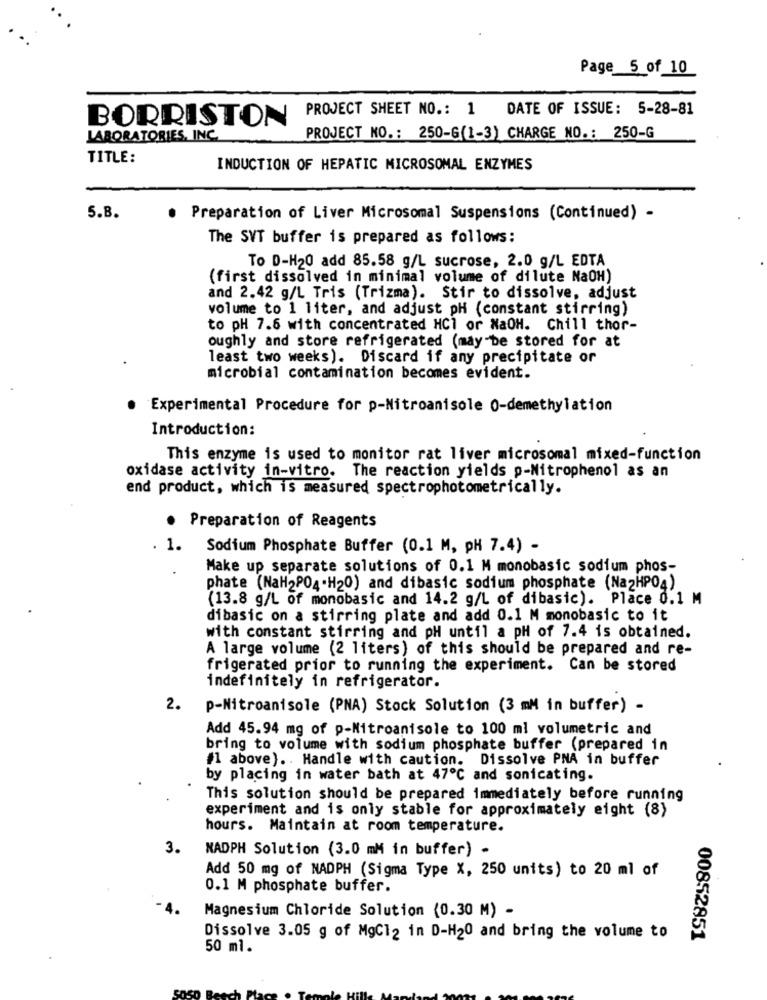
Page_5_of 10
PROJECT SHEET NO .: 1 DATE OF ISSUE: 5-28-81
BORRISTON
LABORATORIES, INC.
PROJECT NO .: 250-6(1-3) CHARGE NO .: 250-G
TITLE:
INDUCTION OF HEPATIC MICROSOMAL ENZYMES
5.B.
. Preparation of Liver Microsomal Suspensions (Continued) -
The SVT buffer is prepared as follows:
To D-H20 add 85.58 g/L sucrose, 2.0 g/L EDTA
(first dissolved in minimal volume of dilute NaOH)
and 2.42 g/L Tris (Trizma). Stir to dissolve, adjust
volume to 1 liter, and adjust pH (constant stirring)
to pH 7.6 with concentrated HCl or NaOH. Chill thor-
oughly and store refrigerated (may be stored for at
least two weeks). Discard if any precipitate or
microbial contamination becomes evident.
Experimental Procedure for p-Nitroanisole 0-demethylation
Introduction:
This enzyme is used to monitor rat liver microsomal mixed-function
oxidase activity in-vitro. The reaction yields p-Nitrophenol as an
end product, which is measured spectrophotometrically.
· Preparation of Reagents
. 1.
Sodium Phosphate Buffer (0.1 M, PH 7.4) -
.
Make up separate solutions of 0.1 M monobasic sodium phos-
phate (NaH2PO4.H20) and dibasic sodium phosphate (NazHP04)
(13.8 g/L of monobasic and 14.2 g/L of dibasic). Place 0.1 M
dibasic on a stirring plate and add 0.1 M monobasic to it
with constant stirring and pH until a pH of 7.4 is obtained.
A large volume (2 liters) of this should be prepared and re-
frigerated prior to running the experiment. Can be stored
indefinitely in refrigerator.
2.
p-Nitroanisole (PNA) Stock Solution (3 mM in buffer) -
Add 45.94 mg of p-Nitroanisole to 100 ml volumetric and
bring to volume with sodium phosphate buffer (prepared in
#1 above) .. Handle with caution. Dissolve PNA in buffer
by placing in water bath at 47℃ and sonicating.
This solution should be prepared immediately before running
experiment and is only stable for approximately eight (8)
hours. Maintain at room temperature.
3.
NADPH Solution (3.0 mM in buffer) .
Add 50 mg of NADPH (Sigma Type X, 250 units) to 20 ml of
0.1 M phosphate buffer.
Magnesium Chloride Solution (0.30 M) -
Dissolve 3.05 g of MgC12 in D-H20 and bring the volume to
00852851
50 ml.